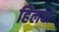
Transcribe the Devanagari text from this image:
हिलवा